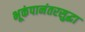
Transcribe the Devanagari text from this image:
भूकंपानंतरसुद्धा